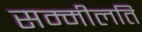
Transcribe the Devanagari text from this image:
सम्मीलति